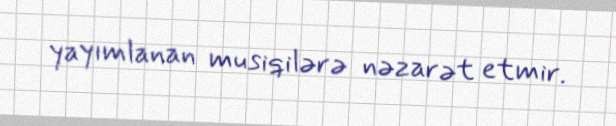
yayımlanan musiqilərə nəzarət etmir.